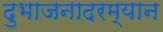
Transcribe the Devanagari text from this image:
दुभाजनादरम्यान